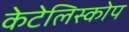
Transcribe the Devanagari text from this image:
केटेलिस्कोप